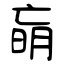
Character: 朚